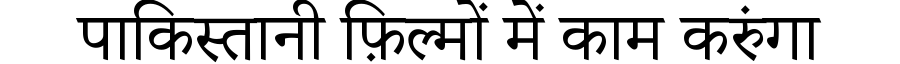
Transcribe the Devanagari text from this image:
पाकिस्तानी फ़िल्मों में काम करुंगा